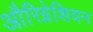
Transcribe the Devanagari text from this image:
औरिग्नेशियन